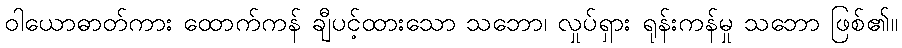
ဝါယောဓာတ်ကား ထောက်ကန် ချီပင့်ထားသော သဘော၊ လှုပ်ရှား ရုန်းကန်မှု သဘော ဖြစ်၏။